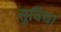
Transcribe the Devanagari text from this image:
सुविघा